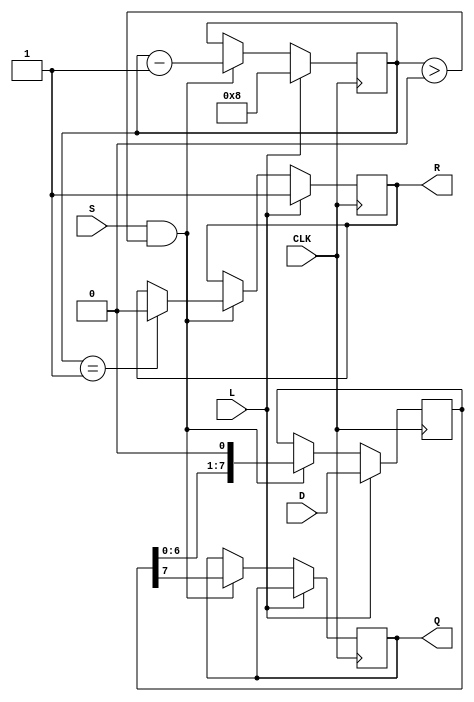
module PISO_Register #(
    parameter WIDTH = 8  // Width of the parallel data input
)(
    input wire [WIDTH-1:0] D,   // Parallel data input
    input wire L,                // Load control signal
    input wire CLK,              // Clock signal
    input wire S,                // Shift control signal
    output reg Q,                // Serial output
    output reg R                 // Ready signal
);

    reg [WIDTH-1:0] shift_reg;   // Internal shift register
    reg [3:0] bit_count;          // Bit counter for shifting

    // Initialize the shift register and bit counter
    initial begin
        shift_reg = 0;
        bit_count = 0;
        R = 0;
    end

    // Load data into the shift register on Load signal
    always @(posedge CLK) begin
        if (L) begin
            shift_reg <= D;       // Load data into shift register
            bit_count <= WIDTH;   // Set bit count to the width of the data
            R <= 1;               // Indicate that the register is ready to shift
        end else if (S && bit_count > 0) begin
            Q <= shift_reg[WIDTH-1]; // Output the MSB to Q
            shift_reg <= shift_reg << 1; // Shift left
            bit_count <= bit_count - 1; // Decrement bit count
            if (bit_count == 1) begin
                R <= 0;           // Reset ready signal when done shifting
            end
        end
    end

endmodule